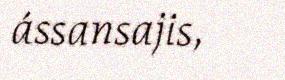
ássansajis,